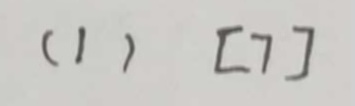
( 1 ) [ 7 ]